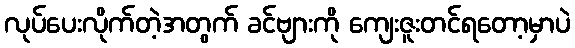
လုပ်ပေးလိုက်တဲ့အတွက် ခင်ဗျားကို ကျေးဇူးတင်ရတော့မှာပဲ